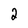
Character: 2